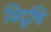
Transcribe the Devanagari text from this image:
विदुषि